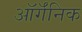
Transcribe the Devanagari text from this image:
ऑर्गॅनिक